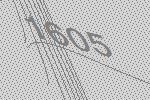
1605